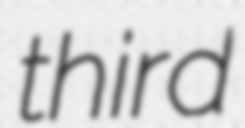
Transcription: third